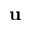
\mathbf { u }